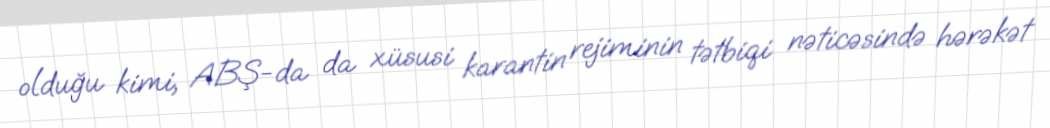
olduğu kimi, ABŞ-da da xüsusi karantin rejiminin tətbiqi nəticəsində hərəkət